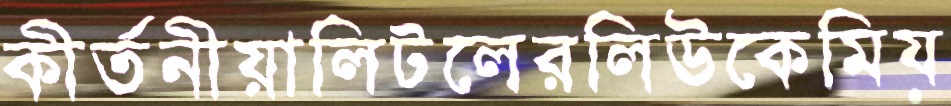
কীর্তনীয়ালিটলেরলিউকেমিয়